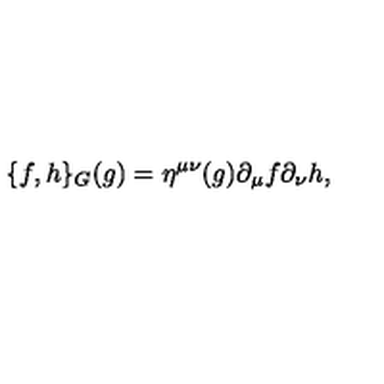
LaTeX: \{ f , h \} _ { G } ( g ) = \eta ^ { \mu \nu } ( g ) \partial _ { \mu } f \partial _ { \nu } h ,